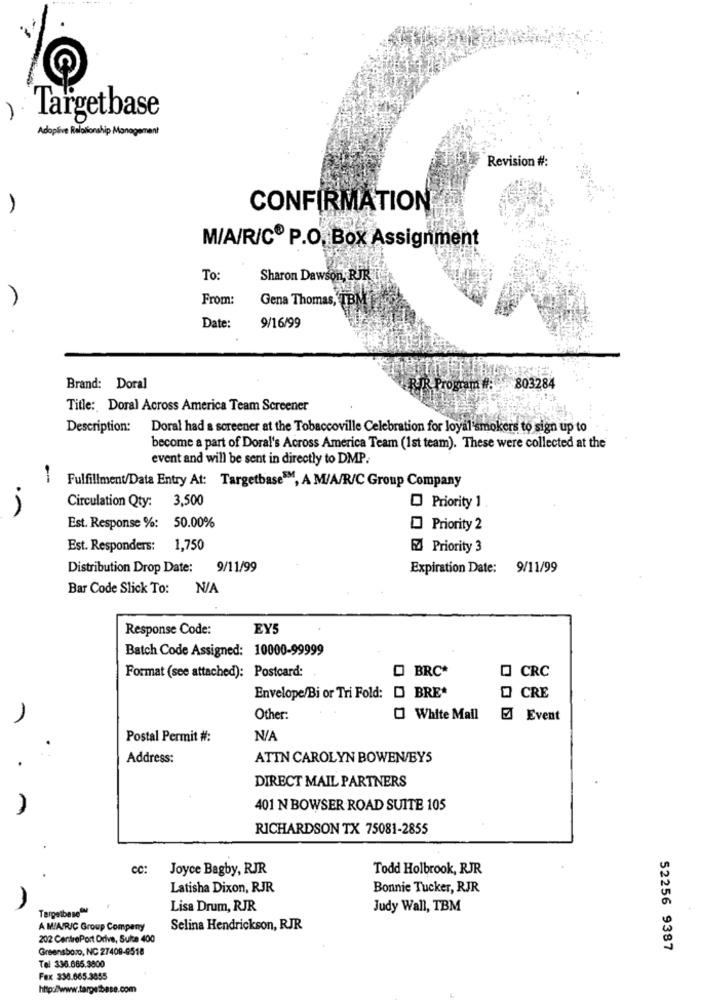
Targetbase
Adaplive Relationship Management
Revision #:
CONFIRMATION
M/A/R/C® P.O. Box Assignment
To:
Sharon Dawson, RJR
From:
Gena Thomas, TBM
Date:
9/16/99
Brand: Doral
RIR Program #: 803284
Title: Doral Across America Team Screener
Description:
Doral had a soreener at the Tobaccoville Celebration for loyal smokers to sign up to
become a part of Doral's Across America Team (1st team). These were collected at the
event and will be sent in directly to DMP:
Fulfillment/Data Entry At: Targetbase™M, A M/A/R/C Group Company
3,500
Circulation Qty:
Priority 1
Est. Response %: 50.00%
Priority 2
Est. Responders: 1,750
EZ Priority 3
Distribution Drop Date:
9/11/99
Expiration Date: 9/11/99
Bar Code Slick To:
Response Code:
EY5
Batch Code Assigned: 10000-99999
Format (see attached): Postcard:
BRC*
O CRC
Envelope/Bi or Tri Fold:
BRE*
Q CRE
Other:
White Mail
Event
Postal Permit #:
Address:
ATTN CAROLYN BOWEN/BY5
.
DIRECT MAIL PARTNERS
401 N BOWSER ROAD SUITE 105
RICHARDSON TX 75081-2855
cc:
Joyce Bagby, RJR
Todd Holbrook, RJR
Latisha Dixon, RJR
Bonnie Tucker, RJR
TargetbaseOM
Lisa Drum, RJR
Judy Wall, TBM
A MIAPRIC Group Company
Selina Hendrickson, RJR
202 CentroPort Drive, Suite 400
Greensboro, NC 27409-0518
52256 9387
Tel 336.685.3800
Fax 338.665.3855
http://www.targetbase.com